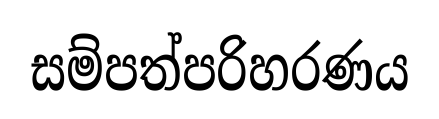
සම්පත්පරිහරණය